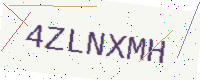
Text: 4ZLNXMH